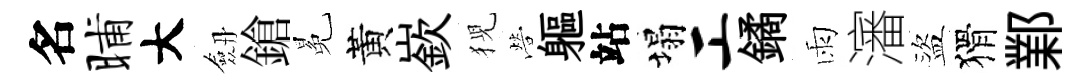
名晡大劔鎗冕黃嶔猊營軀站塌工鐍雨瀋盜猾鄴